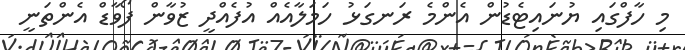
މި ހާފްގައި ޔުނައިޓެޑުން އެންމެ ރަނގަޅު ހަމަލާއެއް އުފެއްދީ ޒުވާން ފޯވާޑް އެންތަނީ